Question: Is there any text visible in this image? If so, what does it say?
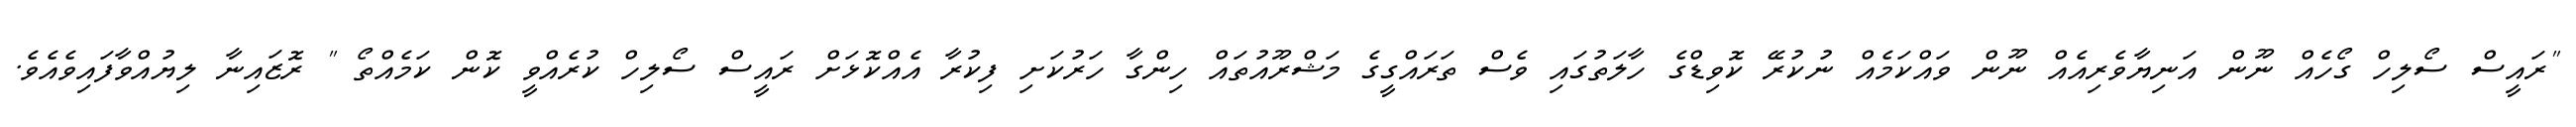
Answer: "ރައީސް ސޯލިހް ގޯހެއް ނޫން އަނިޔާވެރިއެއް ނޫން ވައްކަމެއް ނުކުރޭ ކޮވިޑްގެ ހާލަތުގައި ވެސް ތަރައްގީގެ މަޝްރޫއުތައް ހިންގާ ހަރުކަށި ފިކުރާ އެއްކޮޅަށް ރައީސް ސޯލިހް ކުރެއްވީ ކޮން ކަމެއްތޯ " ރޮޒައިނާ ލިޔުއްވާފައިވެއެވެ.